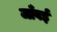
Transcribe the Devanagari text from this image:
जाँवई